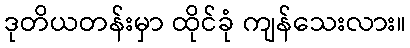
ဒုတိယတန်းမှာ ထိုင်ခုံ ကျန်သေးလား။